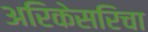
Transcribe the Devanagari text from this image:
अरिकेसरिचा